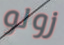
زولو